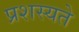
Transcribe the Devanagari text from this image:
प्रशस्यते